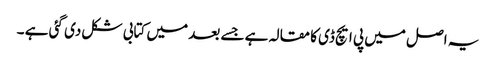
یہ اصل میں پی ایچ ڈی کا مقالہ ہے جسے بعد میں کتابی شکل دی گئی ہے ۔